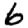
Digit: 6